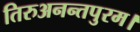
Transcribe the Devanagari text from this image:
तिरुअनन्तपुरम।